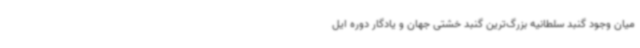
میان وجود گنبد سلطانیه بزرگ‌ترین گنبد خشتی جهان و یادگار دوره ایل